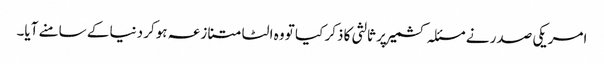
امریکی صدر نے مسئلہ کشمیر پر ثالثی کا ذکر کیا تو وہ الٹا متنازعہ ہوکر دنیا کے سامنے آیا۔